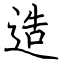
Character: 造